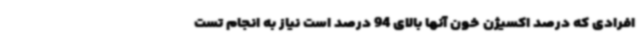
افرادی که درصد اکسیژن خون آنها بالای 94 درصد است نیاز به انجام تست